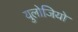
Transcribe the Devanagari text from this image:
युलोजियो